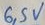
Text: 6,5V